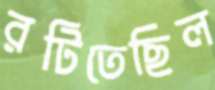
রটিতেছিল